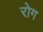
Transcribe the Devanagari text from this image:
रोग